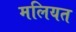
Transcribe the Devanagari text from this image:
मलियत